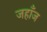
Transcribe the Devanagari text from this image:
जहाँज